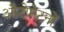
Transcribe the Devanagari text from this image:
औटोमेटनों